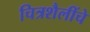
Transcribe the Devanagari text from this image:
चित्रशैलींचे